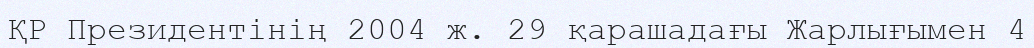
ҚР Президентінің 2004 ж. 29 қарашадағы Жарлығымен 4